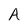
Character: A